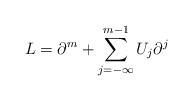
LaTeX: \begin{align*}L=\partial ^m+\sum_{j=-\infty }^{m-1}U_j\partial ^j\end{align*}